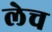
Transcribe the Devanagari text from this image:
लेच